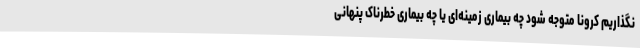
نگذاریم کرونا متوجه شود چه بیماری زمینه‌ای یا چه بیماری خطرناک پنهانی